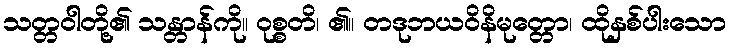
သတ္တဝါတို့၏ သန္တာန်ကို။ ဝုစ္စတိ၊ ၏။ တဒုဘယဝိနိမုတ္တော၊ ထိုနှစ်ပါးသော